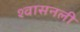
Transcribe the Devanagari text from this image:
श्‍वासनली